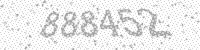
Solution: 888452